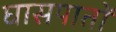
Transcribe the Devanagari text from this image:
घासपातों